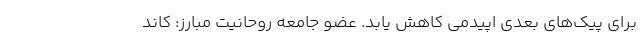
برای پیک‌های بعدی اپیدمی کاهش یابد. عضو جامعه روحانیت مبارز: کاند